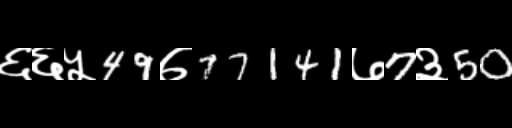
Text: ६६५49७77141७7३50